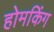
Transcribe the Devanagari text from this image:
होमकिंग